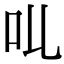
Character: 𠮪